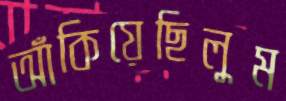
আঁকিয়েছিলুম